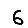
Digit: 6